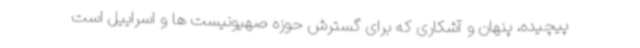
پیچیده، پنهان و آشکاری که برای گسترش حوزه صهیونیست ها و اسراییل است